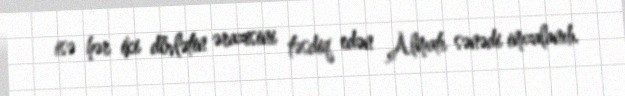
isə hər iki dövlətin ərazisini təsdiq edən Almatı sənədi imzalanıb.